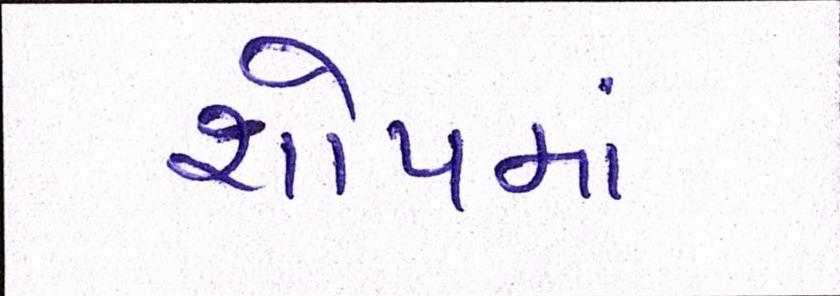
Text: શોપમાં